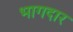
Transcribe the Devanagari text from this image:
भागदार